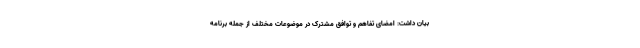
بیان داشت: امضای تفاهم و توافق مشترک در موضوعات مختلف از جمله برنامه